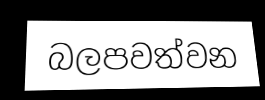
බලපවත්වන